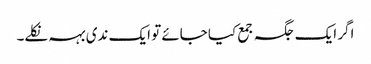
اگر ایک جگہ جمع کیا جائے تو ایک ندی بہہ نکلے۔